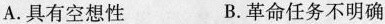
A.具有空想性 B.革命任务不明确